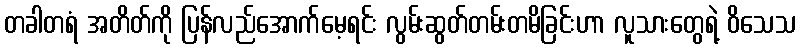
တခါတရံ အတိတ်ကို ပြန်လည်အောက်မေ့ရင်း လွမ်းဆွတ်တမ်းတမိခြင်းဟာ လူသားတွေရဲ့ ဝိသေသ